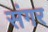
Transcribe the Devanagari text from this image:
संगर